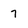
Character: 7